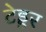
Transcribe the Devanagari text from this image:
टेड्डर